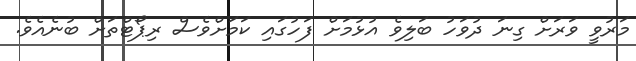
މަރުވީ ވަރަށް ގިނަ ދުވަހު ބަލިވެ އުޅުމަށް ފަހުގައި ކަމަށްވެސް ރިޕޯޓްތަށް ބުނެއެވެ.